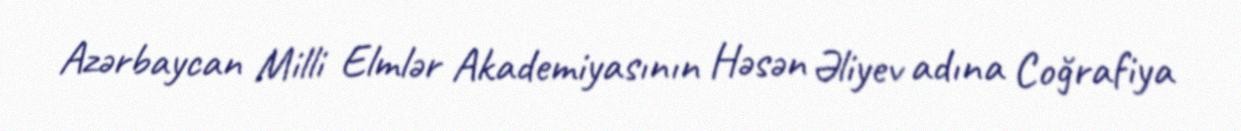
Azərbaycan Milli Elmlər Akademiyasının Həsən Əliyev adına Coğrafiya